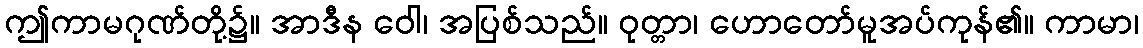
ဤကာမဂုဏ်တို့၌။ အာဒီန ဝေါ၊ အပြစ်သည်။ ဝုတ္တာ၊ ဟောတော်မူအပ်ကုန်၏။ ကာမာ၊